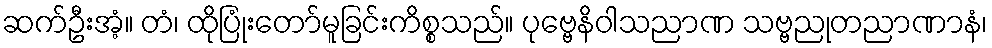
ဆက်ဦးအံ့။ တံ၊ ထိုပြုံးတော်မူခြင်းကိစ္စသည်။ ပုဗ္ဗေနိဝါသညာဏ သဗ္ဗညုတညာဏာနံ၊